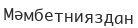
Мәмбетнияздан